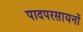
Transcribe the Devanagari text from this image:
पादपरसायनों